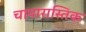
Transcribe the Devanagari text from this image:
चापारास्तिक